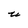
Character: u